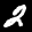
Label: 2